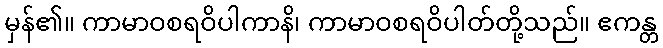
မှန်၏။ ကာမာဝစရဝိပါကာနိ၊ ကာမာဝစရဝိပါတ်တို့သည်။ ဧကန္တ